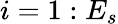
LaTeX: i=1:E_{s}